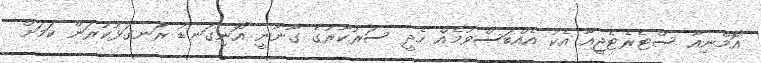
އޮމްނިއާ ސްޓެރެޓެޖީއާ އެކު އެއްބަސްވުމެއް ހެދީ ސަރުކާރުގެ ގާނޫނީ އޮނިގަނޑު ރަނގަޅުކުރަން ކަމަށް